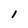
Character: 1